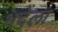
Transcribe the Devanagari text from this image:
भदेला